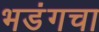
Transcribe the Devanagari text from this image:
भडंगचा